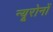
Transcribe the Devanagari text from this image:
न्यूरोनों